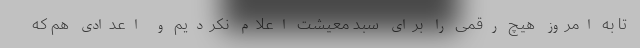
تا به امروز هیچ رقمی را برای سبد معیشت اعلام نکردیم و اعدادی هم که